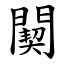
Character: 䦬